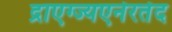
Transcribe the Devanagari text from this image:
द्राएग्ज्यएनेरतेद